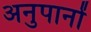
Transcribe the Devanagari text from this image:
अनुपानों